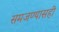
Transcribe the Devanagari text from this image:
समजण्यासही